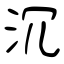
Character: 沉